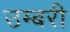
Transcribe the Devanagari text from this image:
उम्बरी